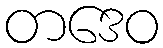
တဒေဝ